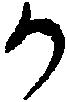
か